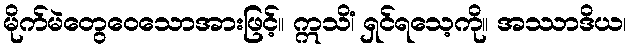
မိုက်မဲတွေဝေသောအားဖြင့်။ ဣသိံ၊ ရှင်ရသေ့ကို။ အဿာဒိယ၊